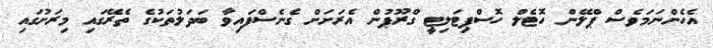
އެހެންނަމަވެސް ޕްލޭން ހޮޓެލް ހޮސްޕިޓަލިޓީ ގްރޫޕުން އެރަށަށް ގެނެސްފައިވާ ބަދަލުތަކުގެ ތެރޭގައި މިރަށުގައި